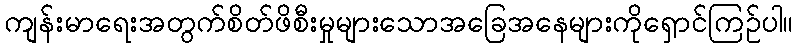
ကျန်းမာရေးအတွက်စိတ်ဖိစီးမှုများသောအခြေအနေများကိုရှောင်ကြဉ်ပါ။